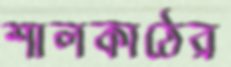
শালকাঠের